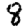
Digit: 8